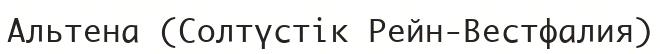
Альтена (Солтүстік Рейн-Вестфалия)